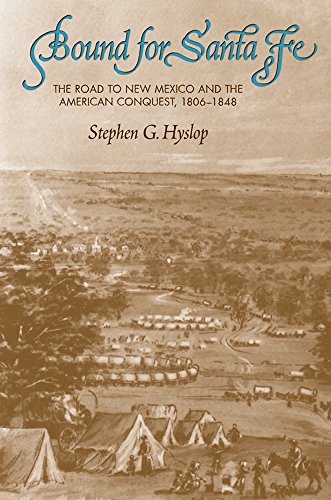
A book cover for Bound for Santa Fe: The Road to New Mexico and the American Conquest, 1806EE1848; Stephen G. Hyslop; Travel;